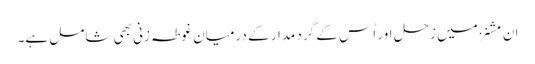
ان مشنز میں زحل اور اُس کے گرد مدار کے درمیان غوطہ زنی بھی شامل ہے۔